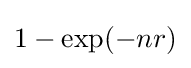
1-\exp(-nr)